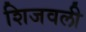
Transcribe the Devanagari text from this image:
शिजवली